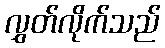
လွှတ်လိုက်သည်